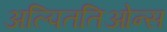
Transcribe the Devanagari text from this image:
अल्पिततिओन्स